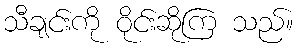
သီချင်းကို ဝိုင်းဆိုကြ သည်။